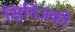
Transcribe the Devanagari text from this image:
क्षितिजको